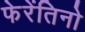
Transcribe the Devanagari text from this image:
फेरेंतिनो